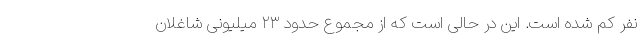
نفر کم شده است. این در حالی است که از مجموع حدود ۲۳ میلیونی شاغلان